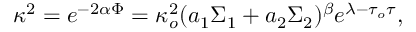
\kappa ^ { 2 } = e ^ { - 2 \alpha \Phi } = \kappa _ { o } ^ { 2 } ( a _ { 1 } \Sigma _ { 1 } + a _ { 2 } \Sigma _ { 2 } ) ^ { \beta } e ^ { \lambda - \tau _ { o } \tau } ,